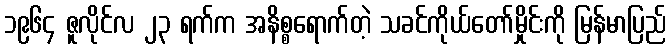
၁၉၆၄ ဇူလိုင်လ ၂၃ ရက်က အနိစ္စရောက်တဲ့ သခင်ကိုယ်တော်မှိုင်းကို မြန်မာပြည်